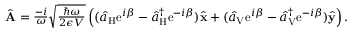
\begin{array} { r } { \hat { \bf A } = \frac { - i } { \omega } \sqrt { \frac { \hbar \omega } { 2 \epsilon V } } \left( ( \hat { a } _ { \mathrm { H } } \mathrm { e } ^ { i \beta } - \hat { a } _ { \mathrm { H } } ^ { \dagger } \mathrm { e } ^ { - i \beta } ) \hat { \bf x } + ( \hat { a } _ { \mathrm { V } } \mathrm { e } ^ { i \beta } - \hat { a } _ { \mathrm { V } } ^ { \dagger } \mathrm { e } ^ { - i \beta } ) \hat { \bf y } \right) . } \end{array}